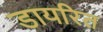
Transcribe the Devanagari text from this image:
डायरित